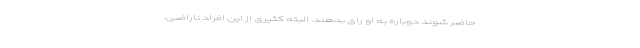
حاضر شوند دوباره به او رای بدهند. البته کثیری از این افراد ناراضی،